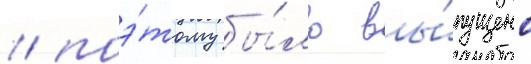
/ поэ́тому бы́ло вы́пущено